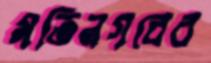
মতিনগরের